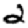
Digit: 2